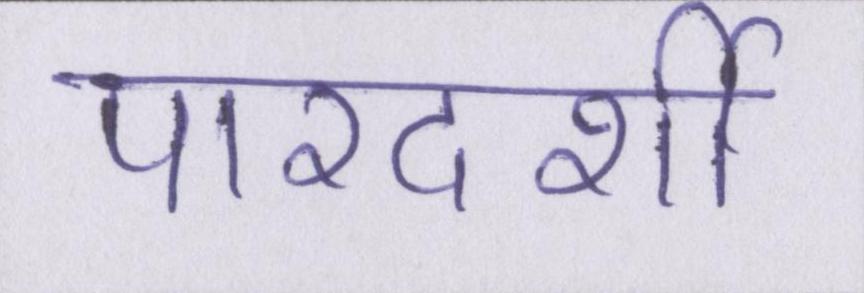
पारदर्शी